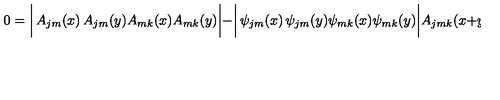
0 = \biggl | \begin{matrix} { A _ { j m } ( x ) } & { A _ { j m } ( y ) } \\ { A _ { m k } ( x ) } & { A _ { m k } ( y ) } \\ \end{matrix} \biggr | - \biggl | \begin{matrix} { \psi _ { j m } ( x ) } & { \psi _ { j m } ( y ) } \\ { \psi _ { m k } ( x ) } & { \psi _ { m k } ( y ) } \\ \end{matrix} \biggr | A _ { j m k } ( x + y ) .